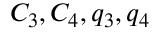
C _ { 3 } , C _ { 4 } , q _ { 3 } , q _ { 4 }